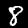
Label: 8